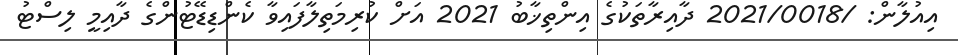
އިއުލާން: /2021/0018 ދާއިރާތަކުގެ އިންތިޚާބު 2021 އަށް ކުރިމަތިލާފައިވާ ކެންޑިޑޭޓުންގެ ދާއިމީ ލިސްޓު